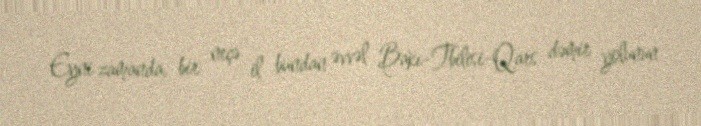
Eyni zamanda, bir neçə il bundan əvvəl Bakı-Tbilisi-Qars dəmir yolunun